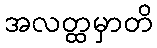
အလတ္ထမှာတိ